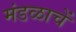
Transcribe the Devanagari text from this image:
मंडळाचें